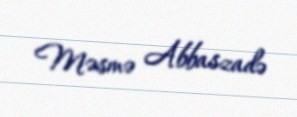
Məsmə Abbaszadə